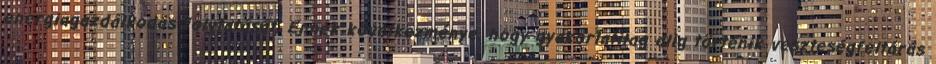
energiagazdálkodás folytatását. Ennek következménye, hogy gyakorlatilag alig történik veszteségfeltárás